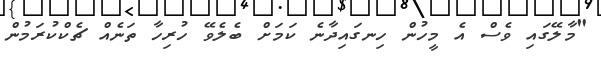
"މާލޭގައި ވެސް އެ މީހުން ހިނގައިދާނެ ކަމަށް ބެލެވޭ ހުރިހާ ތަނެއް ޗެކްކުރަމުން